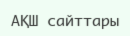
АҚШ сайттары